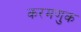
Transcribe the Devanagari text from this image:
करमणुक